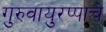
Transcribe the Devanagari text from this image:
गुरुवायुरप्पाचे